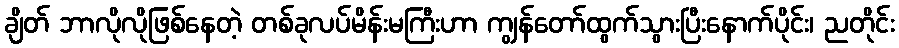
ချိတ် ဘာလိုလိုဖြစ်နေတဲ့ တစ်ခုလပ်မိန်းမကြီးဟာ ကျွန်တော်ထွက်သွားပြီးနောက်ပိုင်း၊ ညတိုင်း